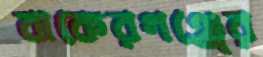
বাকেরগঞ্জের